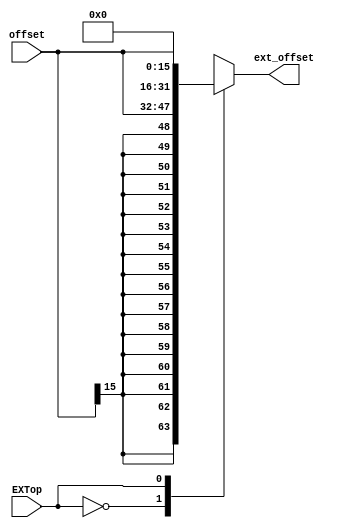
`timescale 1ns / 1ps
//////////////////////////////////////////////////////////////////////////////////
// Company: 
// Engineer: 
// 
// Design Name: 
// Module Name:    EXT 
// Project Name: 
// Target Devices: 
// Tool versions: 
// Description: 
//
// Dependencies: 
//
// Revision: 
// Revision 0.01 - File Created
// Additional Comments: 
//
//////////////////////////////////////////////////////////////////////////////////
module EXT(
    input [15:0] offset,
    input  EXTop,
    output reg [31:0] ext_offset
    );
	initial 
		begin
			ext_offset=32'b0;
		end
    always@(*)
        begin
            case(EXTop)
                1'b0:ext_offset={{16{offset[15]}},offset};
                1'b1:ext_offset={16'b0,offset};
                default:ext_offset=32'b0;
            endcase
        end

endmodule